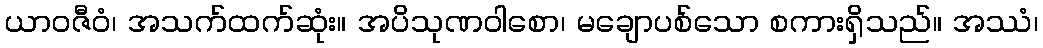
ယာဝဇီဝံ၊ အသက်ထက်ဆုံး။ အပိသုဏဝါစော၊ မချောပစ်သော စကားရှိသည်။ အဿံ၊